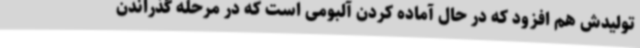
تولیدش هم افزود که در حال آماده کردن آلبومی است که در مرحله گذراندن